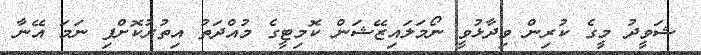
ޝަވީދު މީގެ ކުރިން ވިދާޅުވީ ނޯމަލައިޒޭޝަން ކޮމިޓީގެ މުއްދަތު އިތުރުކޮށްފި ނަމަ އޭނާ